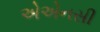
એએનસી